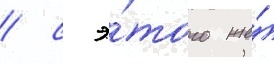
/ с э́того же́